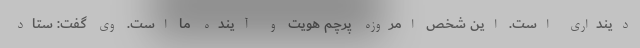
دینداری است. این شخص امروزه پرچم هویت و آینده ما است. وی گفت: ستاد